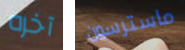
آخره ماسترسون